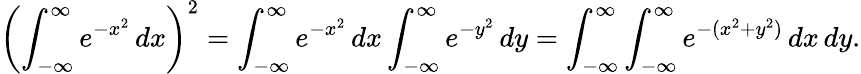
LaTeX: \left(\int_{-\infty}^{\infty}e^{-x^{2}}\, dx\right)^{2}=\int_{-\infty}^{\infty}e^{-x^{2}}\, dx\int_{-\infty}^{\infty}e^{-y^{2}}\, dy=\int_{-\infty}^{\infty}\int_{-\infty}^{\infty}e^{-(x^{2}+y^{2})}\, dx\, dy.